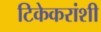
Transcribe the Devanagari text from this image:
टिकेकरांशी